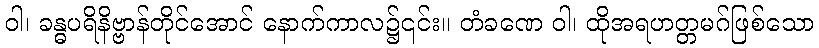
ဝါ၊ ခန္ဓပရိနိဗ္ဗာန်တိုင်အောင် နောက်ကာလ၌၎င်း။ တံခဏေ ဝါ၊ ထိုအရဟတ္တမဂ်ဖြစ်သော